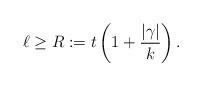
LaTeX: \begin{align*}\ell\geq R:=t\left(1+\frac{\lvert\gamma\rvert}k\right).\end{align*}